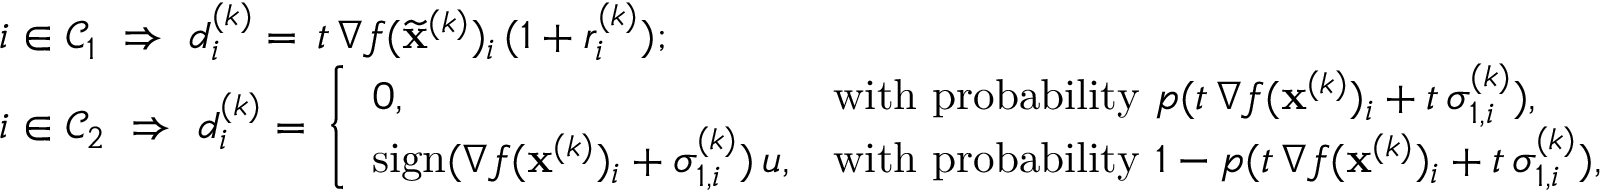
\begin{array} { r l } & { i \in { \mathcal { C } } _ { 1 } \, \, \Rightarrow \, \, d _ { i } ^ { ( k ) } = \, t \, \nabla f ( \widetilde \mathbf { x } ^ { ( k ) } ) _ { i } \, ( 1 + r _ { i } ^ { ( k ) } ) ; } \\ & { i \in { \mathcal { C } } _ { 2 } \, \, \Rightarrow \, \, d _ { i } ^ { ( k ) } = \, \left\{ \begin{array} { l l } { 0 , } & { \mathrm { w i t h ~ p r o b a b i l i t y } ~ p ( t \, \nabla f ( \mathbf { x } ^ { ( k ) } ) _ { i } + t \, \sigma _ { 1 , i } ^ { ( k ) } ) , } \\ { \mathrm { s i g n } ( \nabla f ( \mathbf { x } ^ { ( k ) } ) _ { i } + \sigma _ { 1 , i } ^ { ( k ) } ) \, u , } & { \mathrm { w i t h ~ p r o b a b i l i t y } ~ 1 - p ( t \, \nabla f ( \mathbf { x } ^ { ( k ) } ) _ { i } + t \, \sigma _ { 1 , i } ^ { ( k ) } ) , } \end{array} \right. } \end{array}